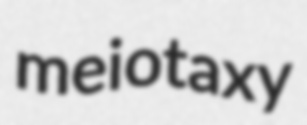
meiotaxy